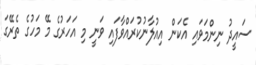
ސައީދު ނިންމަވައި އެކަން އިއުލާނުކުރައްވާފައި ވަނީ މި އަހަރުގެ މޭ މަހުގެ ތެރޭގަ